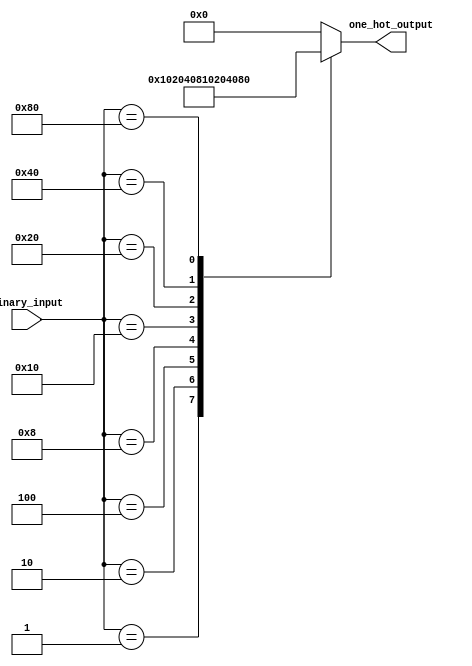
module encoder (
    input [7:0] binary_input,
    output [7:0] one_hot_output
);

always @(*) begin
    case (binary_input)
        8'b00000001: one_hot_output = 8'b00000001;
        8'b00000010: one_hot_output = 8'b00000010;
        8'b00000100: one_hot_output = 8'b00000100;
        8'b00001000: one_hot_output = 8'b00001000;
        8'b00010000: one_hot_output = 8'b00010000;
        8'b00100000: one_hot_output = 8'b00100000;
        8'b01000000: one_hot_output = 8'b01000000;
        8'b10000000: one_hot_output = 8'b10000000;
        default: one_hot_output = 8'b00000000;
    endcase
end

endmodule